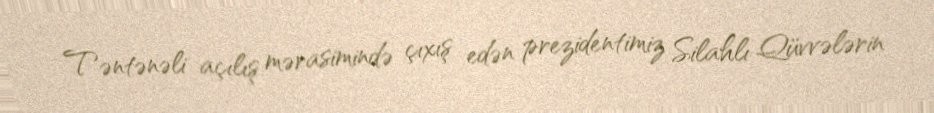
Təntənəli açılış mərasimində çıxış edən prezidentimiz Silahlı Qüvvələrin